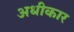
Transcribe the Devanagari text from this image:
अधीकार